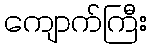
ကျောက်ကြီး